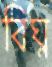
বিঘ্ন